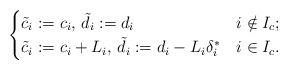
LaTeX: \begin{align*} \begin{cases} \tilde c_i := c_i,\, \tilde d_i := d_i & i \notin I_c; \\ \tilde c_i := c_i + L_i,\, \tilde d_i := d_i - L_i \delta_i^* & i \in I_c. \end{cases}\end{align*}